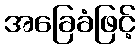
အခြေခံဖြင့်